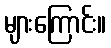
များကြောင်း။